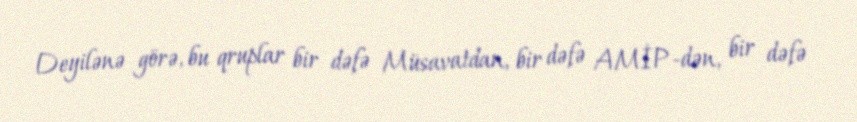
Deyilənə görə, bu qruplar bir dəfə Müsavatdan, bir dəfə AMİP-dən, bir dəfə